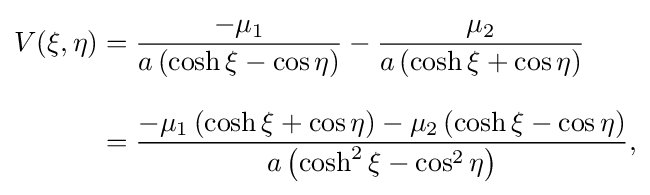
{\begin{aligned}V(\xi ,\eta )&={\frac {-\mu _{1}}{a\left(\cosh \xi -\cos \eta \right)}}-{\frac {\mu _{2}}{a\left(\cosh \xi +\cos \eta \right)}}\\[8pt]&={\frac {-\mu _{1}\left(\cosh \xi +\cos \eta \right)-\mu _{2}\left(\cosh \xi -\cos \eta \right)}{a\left(\cosh ^{2}\xi -\cos ^{2}\eta \right)}},\end{aligned}}